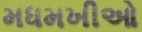
મધમખીઓ